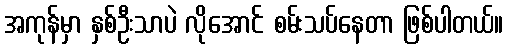
အကုန်မှာ နှစ်ဦးသာပဲ လိုအောင် စမ်းသပ်နေတာ ဖြစ်ပါတယ်။